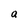
Character: a